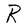
Character: R